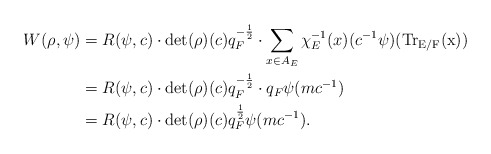
\begin{align*} W(\rho,\psi) &=R(\psi,c)\cdot\det(\rho)(c)q_F^{-\frac{1}{2}}\cdot\sum_{x\in A_E}\chi_E^{-1}(x)(c^{-1}\psi)(\rm{Tr}_{E/F}(x))\\ &=R(\psi,c)\cdot\det(\rho)(c)q_F^{-\frac{1}{2}}\cdot q_F\psi(mc^{-1})\\ &=R(\psi,c)\cdot\det(\rho)(c)q_F^{\frac{1}{2}}\psi(mc^{-1}).\end{align*}